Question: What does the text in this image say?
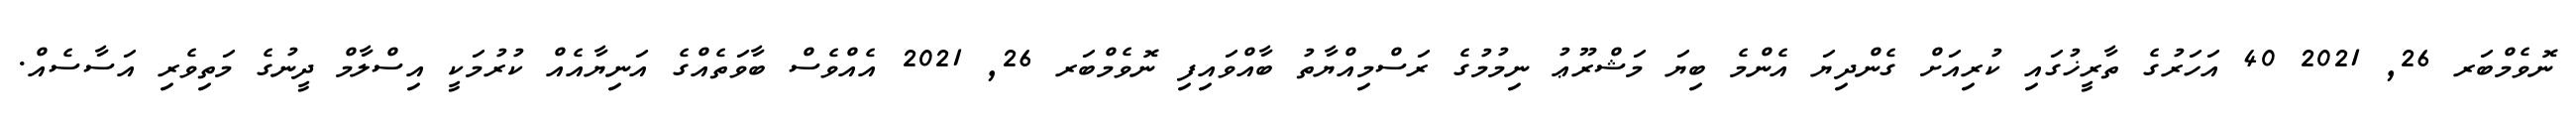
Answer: ނޮވެމްބަރ 26, 2021 40 އަހަރުގެ ތާރީޚުގައި ކުރިއަށް ގެންދިޔަ އެންމެ ބިޔަ މަޝްރޫޢު ނިމުމުގެ ރަސްމިއްޔާތު ބާއްވައިފި ނޮވެމްބަރ 26, 2021 އެއްވެސް ބާވަތެއްގެ އަނިޔާއެއް ކުރުމަކީ އިސްލާމް ދީނުގެ މަތިވެރި އަސާސެއް.